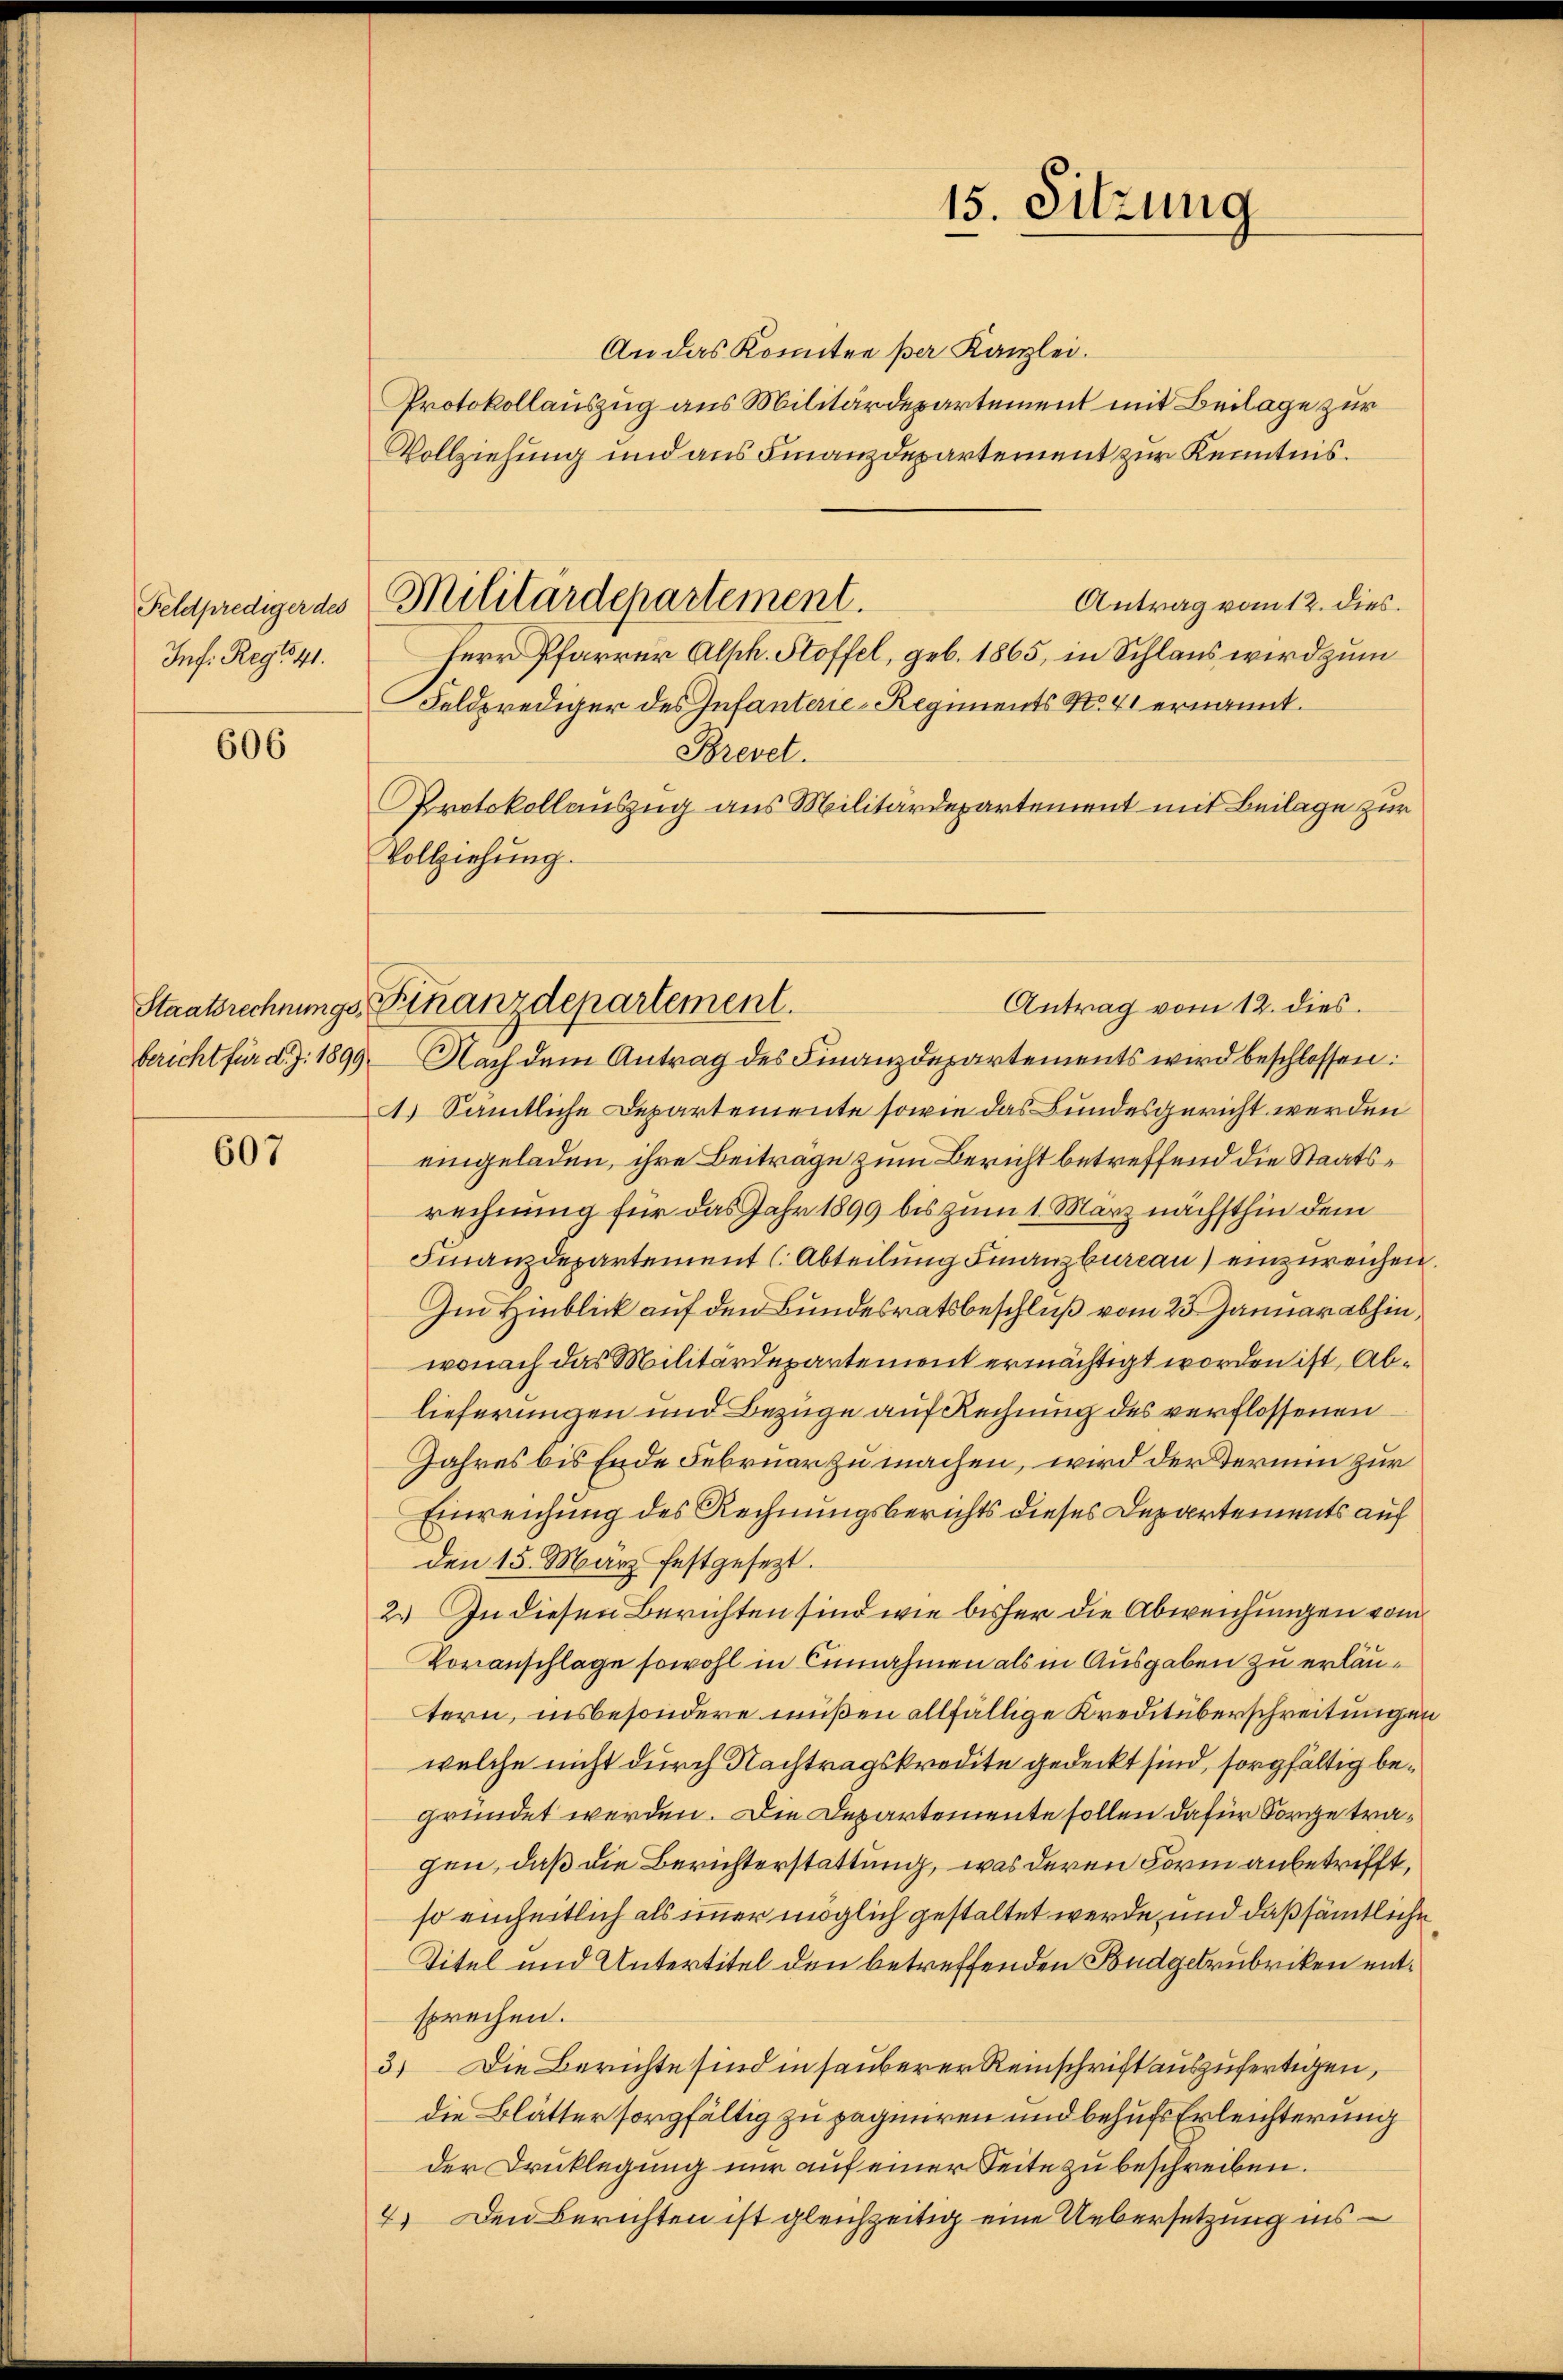
Feldprediger des
Inf: Rego 41.

606

607

Militärdepartement.

Staatsrechnungs-, Finanzdepartement.

An das Konnten per Kanzlei.
Protokollauszug aus Militärdepartement mit Beilage zur
Vollziehung und aus Finanzdepartement zur Kenntnis.
Antrag vom 12. dies.
Herr Pfarrer Alph. Stoffel, geb. 1865, in Schlaus wird zum
Feldprediger des Infanterie-Regiments No. 41 ernannt.
Brevet.
Protokollauszug aus Militärdepartement mit Beilage zur
Vollziehung.

15. Sitzung

Antrag vom 12. dies
bericht für d. J. 1899. Nach dem Antrag des Finanzdepartements wird beschlossen:
) Sämtliche Departemente sowie das Bundesgericht werden
eingeladen, ihre Beiträge zum Bericht betreffend die Staatsrechnung für das Jahr 1899 bis zum 1. März nächsthin dem
Finanzdepartement (Abteilung Finanzbureau einzureichen.
Im Hinblick auf den Bundesratsbeschluß vom 23. Januar abhin,
wonach das Militärdepartement ermächtigt worden ist, Ablieferungen und Bezüge auf Rechnung des verflossenen
Jahres bis Ende Februar zu machen, wird der Termin zur
Einreichung des Rechnungsberichts dieses Departements auf
den 15. März festgesezt.
2.) In diesen Berichten sind wie bisher die Abweichungen vom
Voranschlage sowohl in Einnahmen als in Ausgaben zu erläutern, insbesondere müßen allfällige Kreditüberschreitungen
welche nicht durch Nachtragskredite gedeckt sind, sorgfältig begründet werden. Die Departemente sollen dafür Sorge tragen, daß die Berichterstattung, was deren Form anbetrifft,
so einheitlich als immer möglich gestaltet werde, und daß sämtliche
Titel und Untertitel den betreffenden Budgetrubriken entsprechen.
3) Die Berichte sind in sauberer Reinschrift auszufertigen,
die Blätter sorgfältig zu pagniren und behufs Erleichterung
der Drucklegung nur auf einer Seite zu beschreiben.
7.) Den Berichten ist gleichzeitig eine Uebersetzung ins